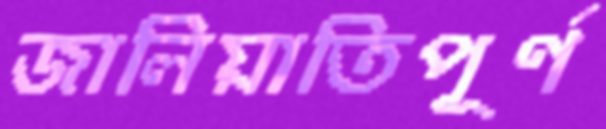
জালিয়াতিপূর্ণ